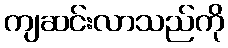
ကျဆင်းလာသည်ကို